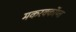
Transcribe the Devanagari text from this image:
मकरर्क्कोय्त्त